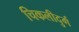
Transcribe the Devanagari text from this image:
चिकलीदुर्ग